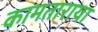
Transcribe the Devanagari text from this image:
कामताराया